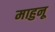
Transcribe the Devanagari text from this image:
माहुनू